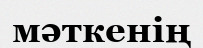
мәткенің